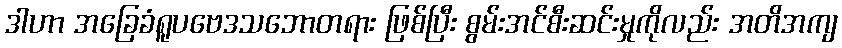
ဒါဟာ အခြေခံရူပဗေဒသဘောတရား ဖြစ်ပြီး စွမ်းအင်စီးဆင်းမှုကိုလည်း အတိအကျ